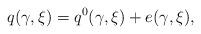
LaTeX: \begin{align*}q(\gamma,\xi)=q^{0}(\gamma,\xi) + e(\gamma,\xi),\end{align*}